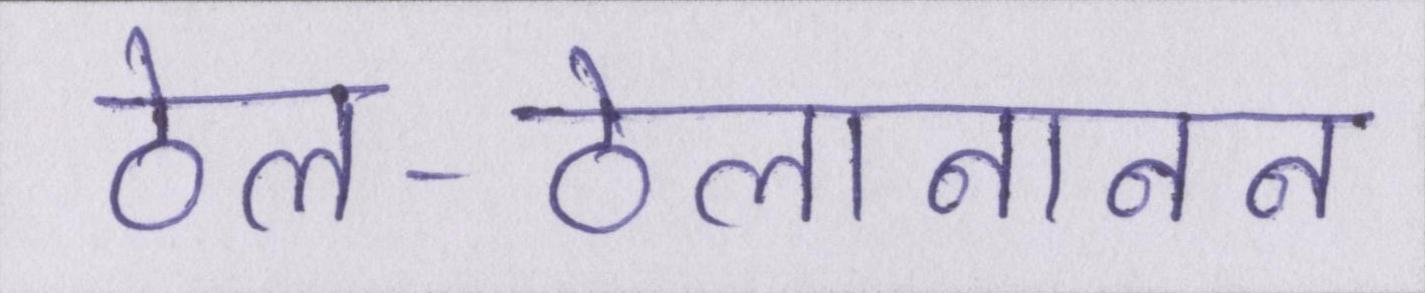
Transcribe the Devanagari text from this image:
ठेल-ठेलानानन